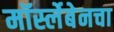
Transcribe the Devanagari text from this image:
मॉर्स्लेबेनचा